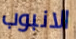
الانبوب